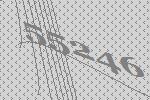
55246